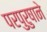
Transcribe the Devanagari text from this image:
परपुरुषाने